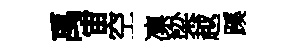
禹宙空凛梁越蹊